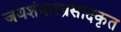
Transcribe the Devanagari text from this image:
जयशंकरप्रसादकृत